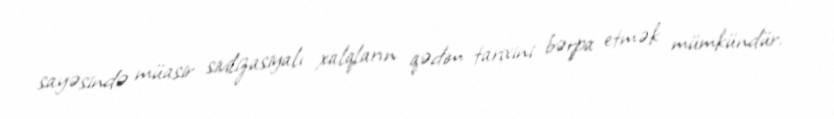
sayəsində müasir sivilizasiyalı xalqların qədim tarixini bərpa etmək mümkündür.